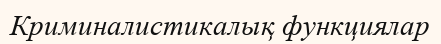
Криминалистикалық функциялар